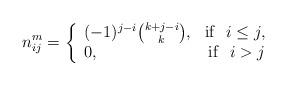
LaTeX: \begin{align*}n_{ij}^{m}=\left \{ \begin{array}{lr}(-1)^{j-i} {{k+j-i}\choose {k}},& {\rm if}~~ i \leq j, \\ 0, & {\rm if}~~ i>j\end{array} \right.\end{align*}